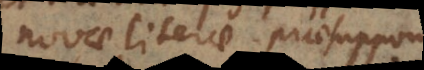
novae literae. Praesupponit